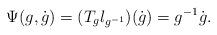
LaTeX: \begin{align*}\Psi(g, \dot{g}) = (T_gl_{g^{-1}})(\dot{g}) = g^{-1}\dot{g}.\end{align*}